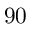
9 0